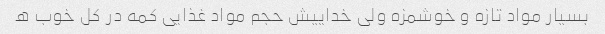
بسیار مواد تازه و خوشمزه ولی خداییش حجم مواد غذایی کمه در کل خوب ه